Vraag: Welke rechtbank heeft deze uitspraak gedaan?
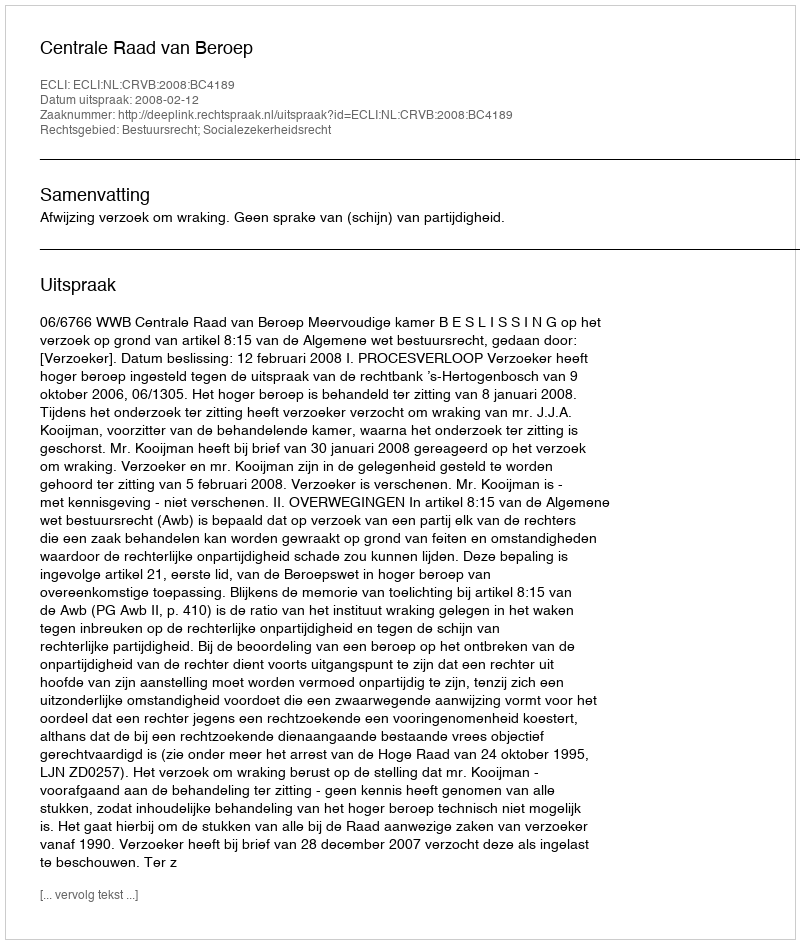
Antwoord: Centrale Raad van Beroep